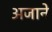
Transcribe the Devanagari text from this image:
अजाने